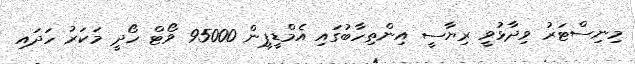
މިނިސްޓަރު ވިދާޅުވީ ރިޔާސީ އިންތިހާބުގައި އެމްޑީޕީން 95000 ވޯޓް ހޯދީ މަކަރު ހަދައި